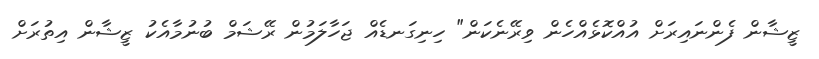
ޒީޝާން ފެންނައިރަށް އުއްކޮޅެއްހެން ވިރޭނެކަން" ހިނިގަނޑެއް ޖަހާލަމުން ރޭޝަމް ބުނުމާއެކު ޒީޝާން އިތުރަށް